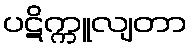
ပဋိက္ကူလျတာ